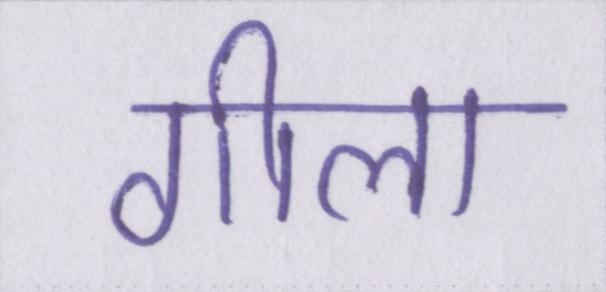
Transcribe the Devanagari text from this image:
गीला